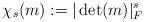
LaTeX: \begin{align*} \chi_s(m):= |\det(m)|_F^s \end{align*}